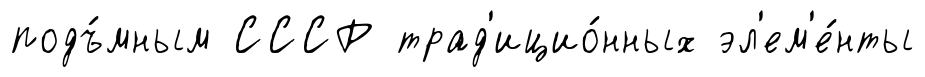
подъ́мным СССР трад'ицио́нных эл'ем'е́нты